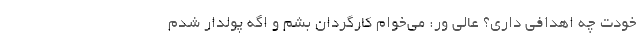
خودت چه اهدافی داری؟ عالی ور: می‌خوام کارگردان بشم و اگه پولدار شدم